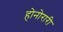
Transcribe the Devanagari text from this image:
होनोरारी